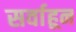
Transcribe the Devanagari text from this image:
सर्वाहून